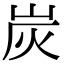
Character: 炭